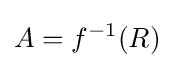
A=f^{-1}(R)